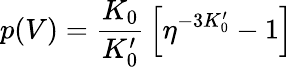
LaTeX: p(V)={\frac{K_{0}}{K_{0}^{\prime}}}\left[\eta^{-3K_{0}^{\prime}}-1\right]